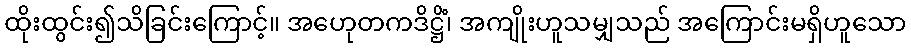
ထိုးထွင်း၍သိခြင်းကြောင့်။ အဟေုတကဒိဋ္ဌိံ၊ အကျိုးဟူသမျှသည် အကြောင်းမရှိဟူသော